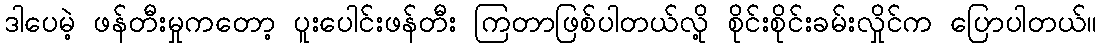
ဒါပေမဲ့ ဖန်တီးမှုကတော့ ပူးပေါင်းဖန်တီး ကြတာဖြစ်ပါတယ်လို့ စိုင်းစိုင်းခမ်းလှိုင်က ပြောပါတယ်။